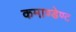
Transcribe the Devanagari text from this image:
कमाण्डेण्ट